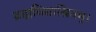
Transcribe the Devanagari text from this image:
ब्रह्मविद्याश्रियम्।